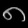
Digit: ၈